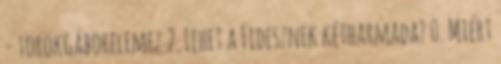
- törökgáborelemez 2. Lehet a Fidesznek kétharmada? 0. Miért